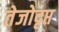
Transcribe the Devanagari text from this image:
तेजोदृप्त